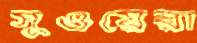
সুওয়েরা